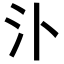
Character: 𣱶